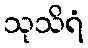
သုသိရံ